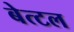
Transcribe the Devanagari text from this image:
बेत्टल